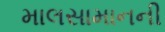
માલસામાનની